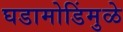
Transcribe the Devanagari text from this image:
घडामोडिंमुळे